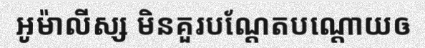
អូម៉ាលីស្ស មិនគួរបណ្តែតបណ្តោយឲ